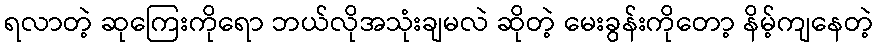
ရလာတဲ့ ဆုကြေးကိုရော ဘယ်လိုအသုံးချမလဲ ဆိုတဲ့ မေးခွန်းကိုတော့ နိမ့်ကျနေတဲ့